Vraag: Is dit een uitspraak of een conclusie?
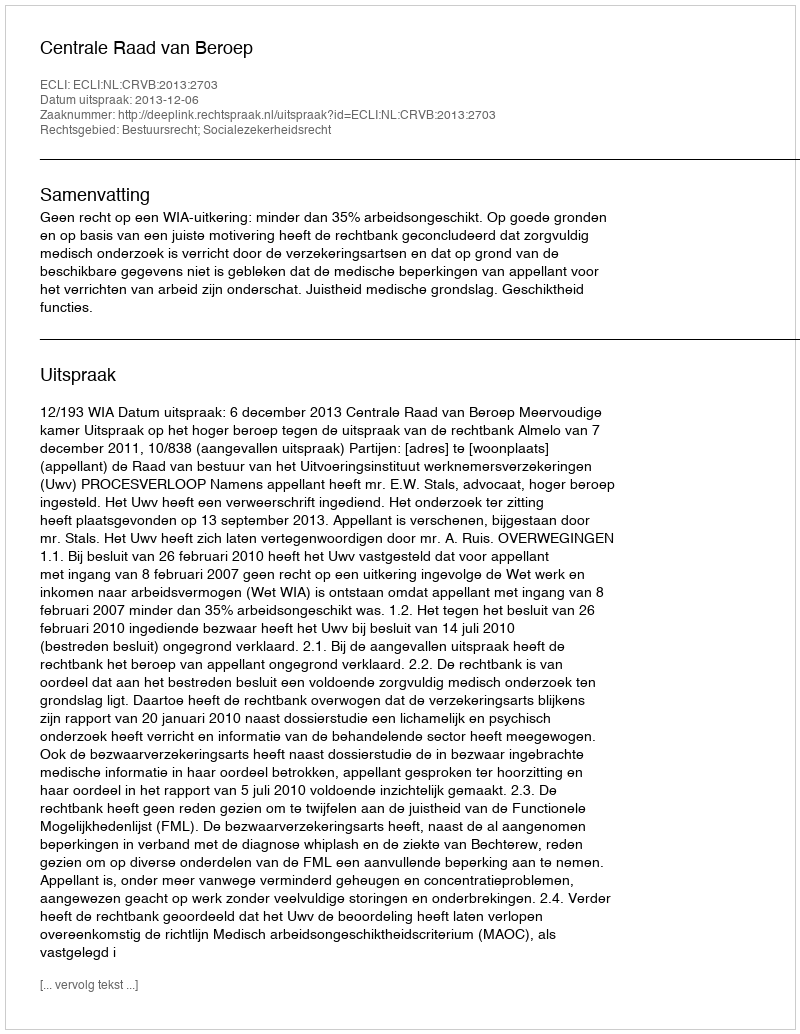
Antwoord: Uitspraak